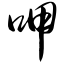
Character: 呷